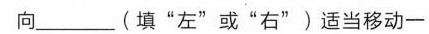
向_______(填”左”或”右”)适当移动一